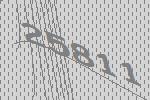
25811